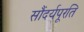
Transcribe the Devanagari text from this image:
सौंदर्यपूरति